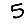
Digit: 5